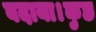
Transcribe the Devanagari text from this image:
बदाया।कुछ